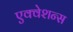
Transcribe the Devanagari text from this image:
एक्वेशन्स